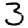
Digit: 3